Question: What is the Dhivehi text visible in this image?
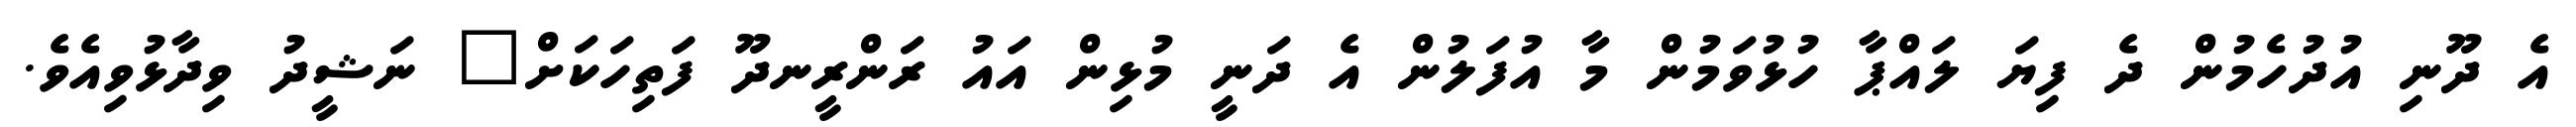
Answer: އެ ދޫނި އުދުހެމުން ދެ ފިޔަ ލައްޕާ ހުޅުވަމުން މާ އުފަލުން އެ ދަނީ މުޅިން އައު ރަންރީނދޫ ފަތިހަކަށް" ނަޝީދު ވިދާޅުވިއެވެ.